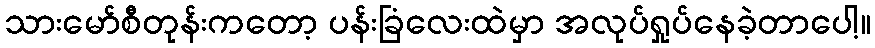
သားမော်စီတုန်းကတော့ ပန်းခြံလေးထဲမှာ အလုပ်ရှုပ်နေခဲ့တာပေါ့။